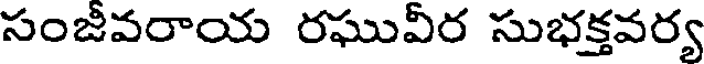
సంజీవరాయ రఘువీర సుభక్తవర్య